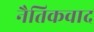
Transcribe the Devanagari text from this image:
नैतिकवाद